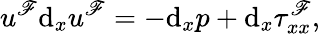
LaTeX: u^{\mathscr{F}}\textrm{{d}}_{x}u^{\mathscr{F}}=-\textrm{{d}}_{x}p+\textrm{{d}}_{x}\tau_{xx}^{\mathscr{F}},